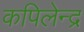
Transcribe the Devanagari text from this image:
कपिलेन्द्र